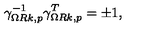
\gamma _ { \Omega R k , p } ^ { - 1 } \gamma _ { \Omega R k , p } ^ { T } = \pm 1 ,